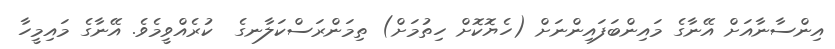
އިންސާނާއަށް އޭނާގެ މައިންބަފައިންނަށް (ހެޔޮކޮށް ހިތުމަށް) ތިމަންރަސްކަލާނގެ  ކުރެއްވީމެވެ. އޭނާގެ މައިމީހާ